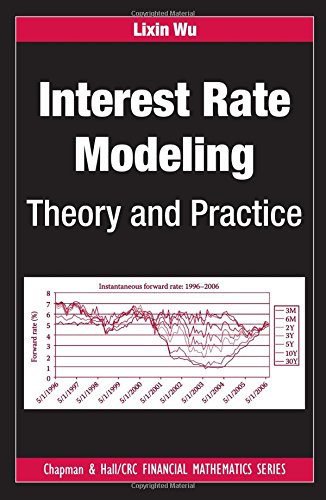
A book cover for Interest Rate Modeling: Theory and Practice (Chapman and Hall/CRC Financial Mathematics Series); Lixin Wu; Business & Money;